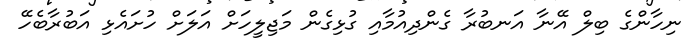
ނިހާންގެ ބިލް އޭނާ އަނބުރާ ގެންދިއުމާއި ގުޅިގެން މަޖިލީހަށް އަލަށް ހުށައެޅި އަބުރާބެހޭ